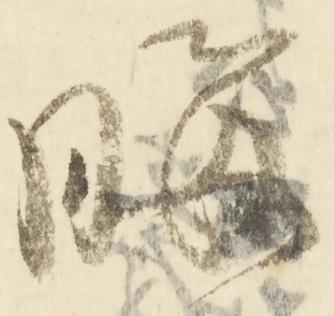
晦